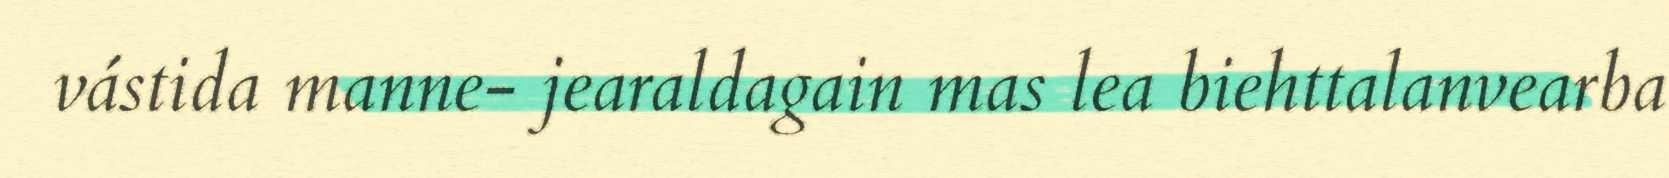
vástida manne- jearaldagain mas lea biehttalanvearba